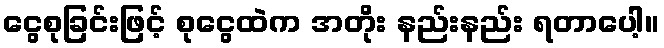
ငွေစုခြင်းဖြင့် စုငွေထဲက အတိုး နည်းနည်း ရတာပေါ့။